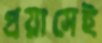
প্রয়াসেই